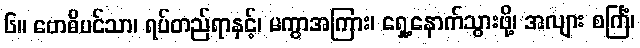
၆။ ဗောဓိပင်သာ၊ ရပ်တည်ရာနှင့်၊ မကွာအကြား၊ ရှေ့နောက်သွားဖို့၊ အလျား စင်္ကြံ၊